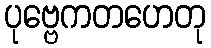
ပုဗ္ဗေကတဟေတု